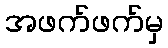
အဖက်ဖက်မှ